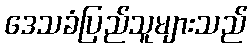
ဒေသခံပြည်သူများသည်